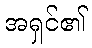
အရှင်၏